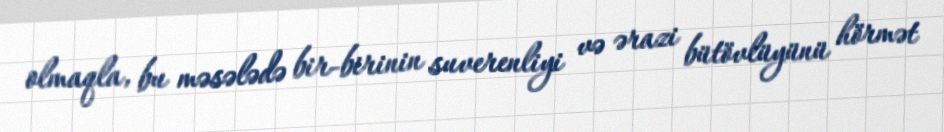
olmaqla, bu məsələdə bir-birinin suverenliyi və ərazi bütövlüyünü hörmət